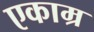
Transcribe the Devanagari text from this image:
एकाम्र